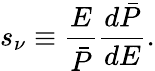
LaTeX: s_{\nu}\equiv\frac{E}{\bar{P}}\frac{d\bar{P}}{dE}.